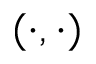
( \cdot , \cdot )